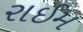
રાઈમ